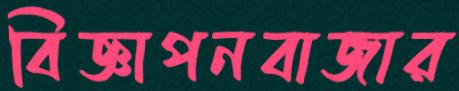
বিজ্ঞাপনবাজার